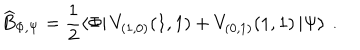
\widehat { B } _ { \Phi , \Psi } = \displaystyle \frac { 1 } { 2 } \left\langle \Phi \right| V _ { ( 1 , 0 ) } ( 1 , 1 ) + V _ { ( 0 , 1 ) } ( 1 , 1 ) \left| \Psi \right\rangle \: .